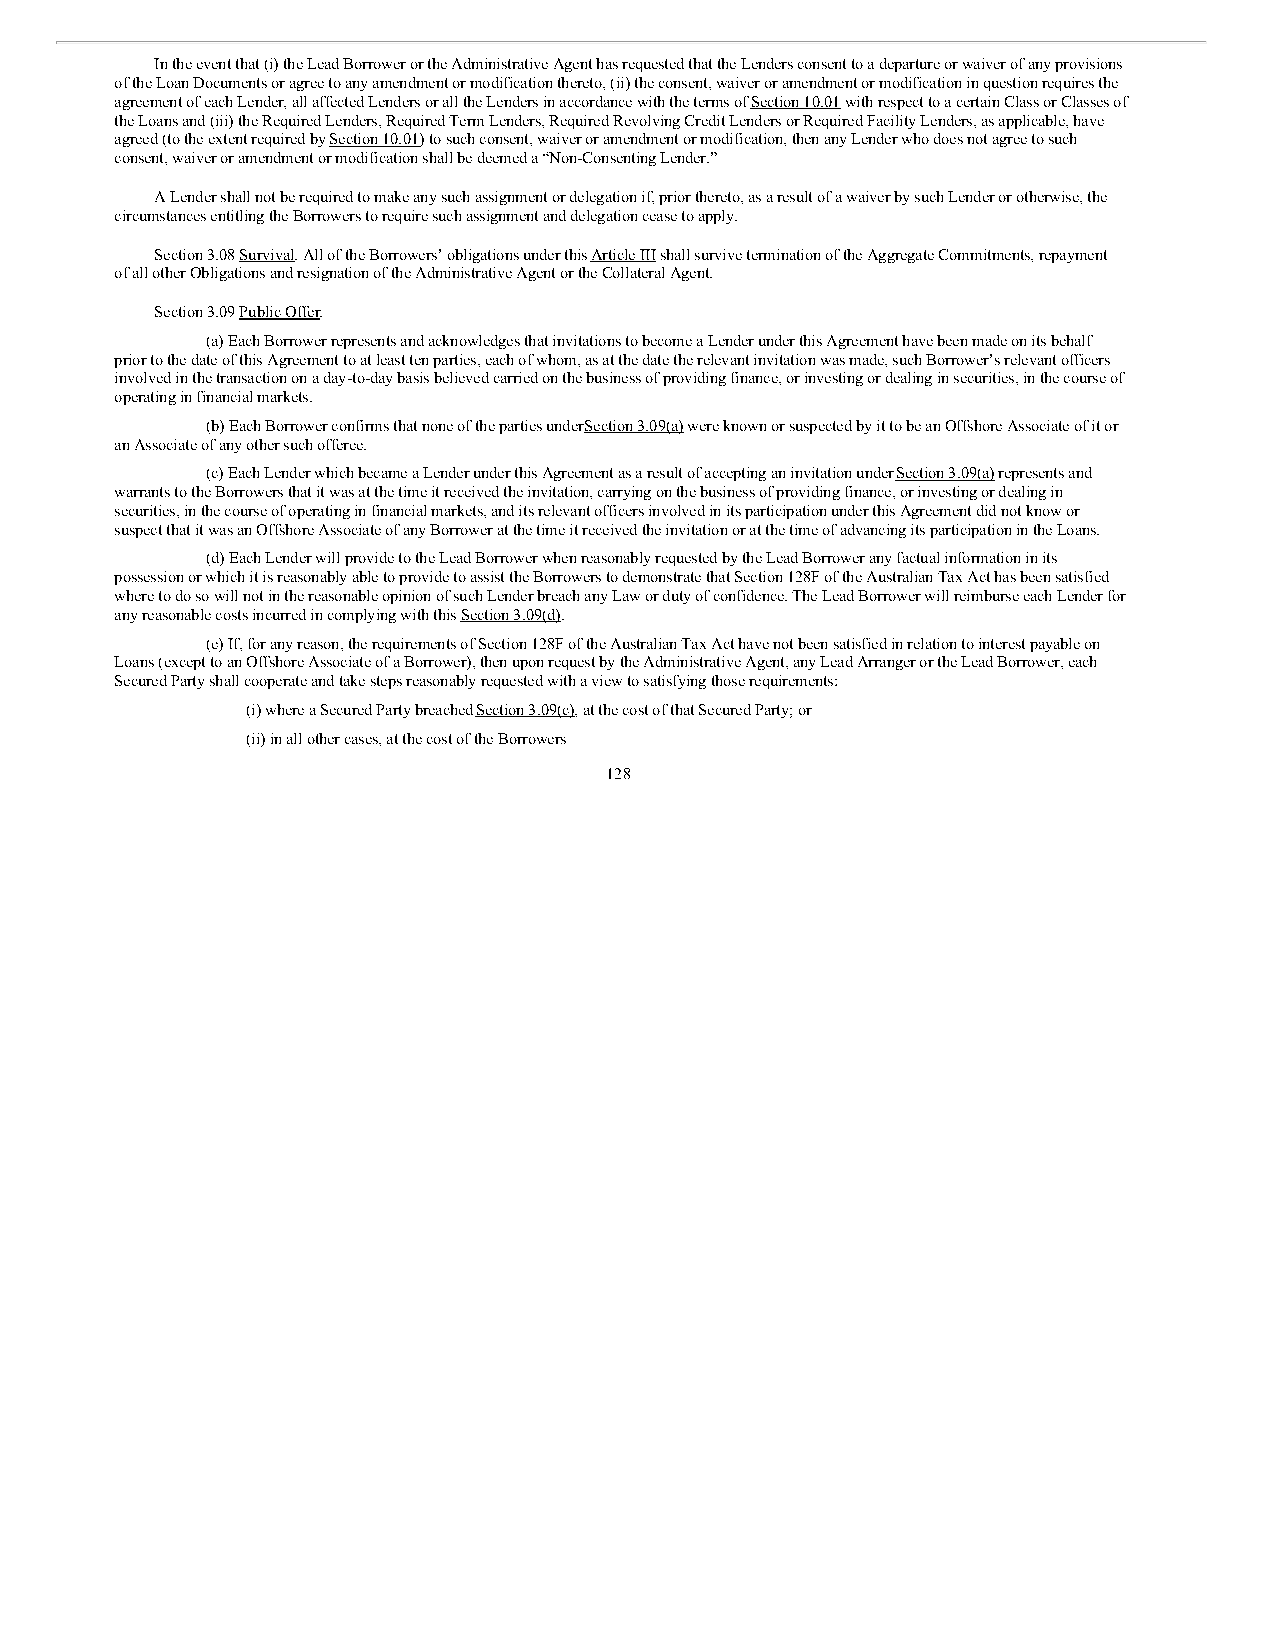
In the event that (i) the Lead Borrower or the Administrative Agent has requested that the Lenders consent to a departure or waiver of any provisions
 of the Loan Documents or agree to any amendment or modification thereto, (ii) the consent, waiver or amendment or modification in question requires the
 agreement of each Lender, all affected Lenders or all the Lenders in accordance with the terms of Section 10.01 with respect to a certain Class or Classes of
 the Loans and (iii) the Required Lenders, Required Term Lenders, Required Revolving Credit Lenders or Required Facility Lenders, as applicable, have
 agreed (to the extent required by Section 10.01) to such consent, waiver or amendment or modification, then any Lender who does not agree to such
 consent, waiver or amendment or modification shall be deemed a “Non-Consenting Lender.”
 A Lender shall not be required to make any such assignment or delegation if, prior thereto, as a result of a waiver by such Lender or otherwise, the
 circumstances entitling the Borrowers to require such assignment and delegation cease to apply.
 Section 3.08 Survival. All of the Borrowers’ obligations under this Article III shall survive termination of the Aggregate Commitments, repayment
 of all other Obligations and resignation of the Administrative Agent or the Collateral Agent.
 Section 3.09 Public Offer.
 (a) Each Borrower represents and acknowledges that invitations to become a Lender under this Agreement have been made on its behalf
 prior to the date of this Agreement to at least ten parties, each of whom, as at the date the relevant invitation was made, such Borrower’s relevant officers
 involved in the transaction on a day-to-day basis believed carried on the business of providing finance, or investing or dealing in securities, in the course of
 operating in financial markets.
 (b) Each Borrower confirms that none of the parties under Section 3.09(a) were known or suspected by it to be an Offshore Associate of it or
 an Associate of any other such offeree.
 (c) Each Lender which became a Lender under this Agreement as a result of accepting an invitation under Section 3.09(a) represents and
 warrants to the Borrowers that it was at the time it received the invitation, carrying on the business of providing finance, or investing or dealing in
 securities, in the course of operating in financial markets, and its relevant officers involved in its participation under this Agreement did not know or
 suspect that it was an Offshore Associate of any Borrower at the time it received the invitation or at the time of advancing its participation in the Loans.
 (d) Each Lender will provide to the Lead Borrower when reasonably requested by the Lead Borrower any factual information in its
 possession or which it is reasonably able to provide to assist the Borrowers to demonstrate that Section 128F of the Australian Tax Act has been satisfied
 where to do so will not in the reasonable opinion of such Lender breach any Law or duty of confidence. The Lead Borrower will reimburse each Lender for
 any reasonable costs incurred in complying with this Section 3.09(d).
 (e) If, for any reason, the requirements of Section 128F of the Australian Tax Act have not been satisfied in relation to interest payable on
 Loans (except to an Offshore Associate of a Borrower), then upon request by the Administrative Agent, any Lead Arranger or the Lead Borrower, each
 Secured Party shall cooperate and take steps reasonably requested with a view to satisfying those requirements:
 (i) where a Secured Party breached Section 3.09(c), at the cost of that Secured Party; or
 (ii) in all other cases, at the cost of the Borrowers
 128